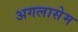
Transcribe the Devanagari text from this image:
अगलासेम